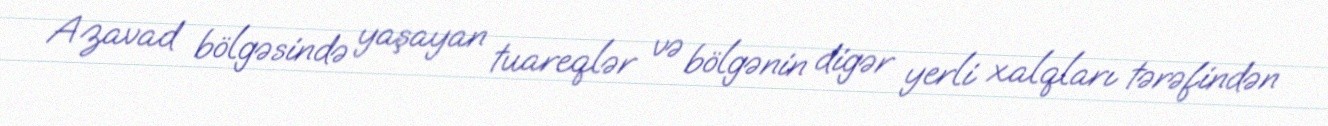
Azavad bölgəsində yaşayan tuareqlər və bölgənin digər yerli xalqları tərəfindən